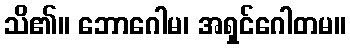
သိ၏။ ဘောဂေါမ၊ အရှင်ဂေါတမ။